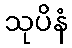
သုပိနံ